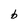
Character: b